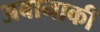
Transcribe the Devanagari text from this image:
अबानाकी